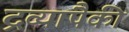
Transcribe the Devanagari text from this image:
द्रव्यांपैकी